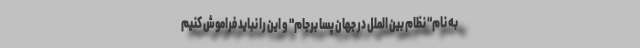
به نام" نظام بین الملل در جهان پسا برجام" و این را نباید فراموش کنیم